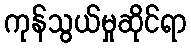
ကုန်သွယ်မှုဆိုင်ရာ